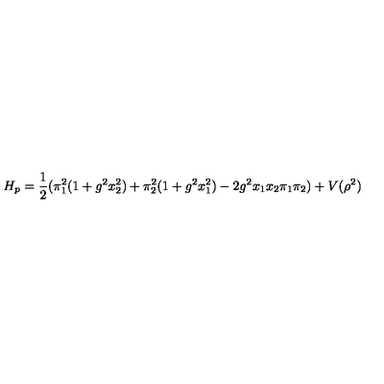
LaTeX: H _ { p } = \frac { 1 } { 2 } ( \pi _ { 1 } ^ { 2 } ( 1 + g ^ { 2 } x _ { 2 } ^ { 2 } ) + \pi _ { 2 } ^ { 2 } ( 1 + g ^ { 2 } x _ { 1 } ^ { 2 } ) - 2 g ^ { 2 } x _ { 1 } x _ { 2 } \pi _ { 1 } \pi _ { 2 } ) + V ( \rho ^ { 2 } )